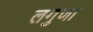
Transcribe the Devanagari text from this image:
लगुणा